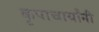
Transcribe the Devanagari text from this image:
कृपाचार्यांनी